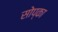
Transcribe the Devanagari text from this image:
सोप्का